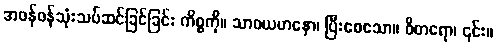
အဖန်ဖန်သုံးသပ်ဆင်ခြင်ခြင်း ကိစ္စကို။ သာဓယမာနော၊ ပြီးစေသော။ ဝိစာရော၊ ၎င်း။